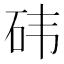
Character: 𮵊